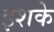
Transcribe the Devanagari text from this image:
इशके